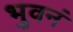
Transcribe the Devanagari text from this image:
भुवनं